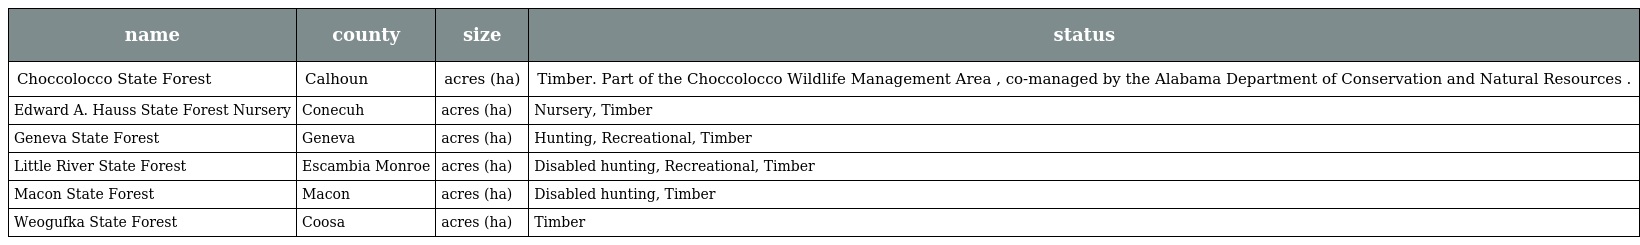
| name | county | size | status |
 | --- | --- | --- | --- |
 | Choccolocco State Forest | Calhoun | acres (ha) | Timber. Part of the Choccolocco Wildlife Management Area , co-managed by the Alabama Department of Conservation and Natural Resources . |
 | Edward A. Hauss State Forest Nursery | Conecuh | acres (ha) | Nursery, Timber |
 | Geneva State Forest | Geneva | acres (ha) | Hunting, Recreational, Timber |
 | Little River State Forest | Escambia Monroe | acres (ha) | Disabled hunting, Recreational, Timber |
 | Macon State Forest | Macon | acres (ha) | Disabled hunting, Timber |
 | Weogufka State Forest | Coosa | acres (ha) | Timber |